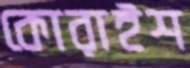
কোরাইশ